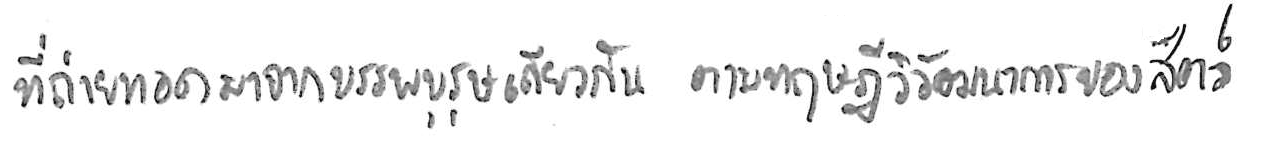
ที่ถ่ายทอดมาจากบรรพบุรุษเดียวกัน ตามทฤษฎีวิวัฒนาการของสัตว์